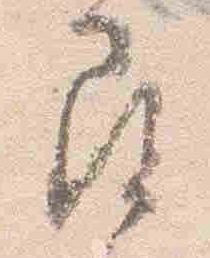
尋